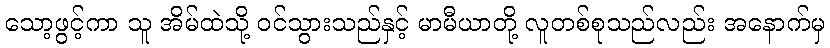
သော့ဖွင့်ကာ သူ အိမ်ထဲသို့ ဝင်သွားသည်နှင့် မာမီယာတို့ လူတစ်စုသည်လည်း အနောက်မှ